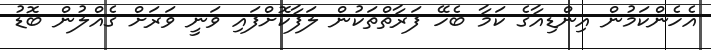
އެހެންކަމުން އިންޑިއާގެ ކަމާ ބެހޭ ފަރާތްތަކުން ލަފާކޮށްފައި ވަނީ ވަރަށް ގެއްލުން ބޮޑު